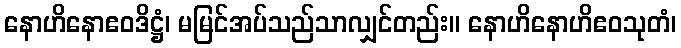
နောဟိနောဧဝဒိဋ္ဌံ၊ မမြင်အပ်သည်သာလျှင်တည်း။ နောဟိနောဟိဧဝသုတံ၊